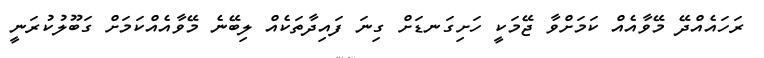
ރަހައެއްދޭ މޭވާއެއް ކަމަށްވާ ޖޭމަކީ ހަށިގަނޑަށް ގިނަ ފައިދާތަކެއް ލިބޭނެ މޭވާއެއްކަމަށް ގަބޫލުކުރަނީ